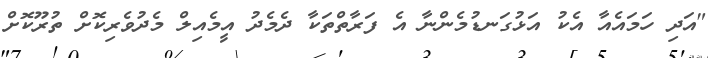
"އަދި ހަމައެއާ އެކު އަޅުގަނޑުމެންނާ އެ ފަރާތްތަކާ ދެމެދު އީމެއިލް މެދުވެރިކޮށް ތުރޫކޮށް